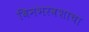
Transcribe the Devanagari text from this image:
बिनभरवशाचा